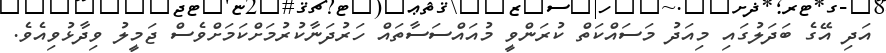
އަދި އޭގެ ބަދަލުގައި މިއަދު މަސައްކަތް ކުރަންވީ މުއައްސަސާތައް ހަރުދަނާކުރުމަށްކަމަށްވެސް ޖަމީލު ވިދާޅުވިއެވެ.